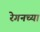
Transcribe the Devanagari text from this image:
रेगनच्या